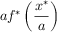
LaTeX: a f ^ { * } \left( { \frac { x ^ { * } } { a } } \right)